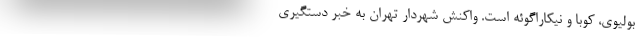
بولیوی، کوبا و نیکاراگوئه است. واکنش شهردار تهران به خبر دستگیری